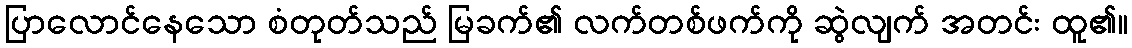
ပြာလောင်နေသော စံတုတ်သည် မြခက်၏ လက်တစ်ဖက်ကို ဆွဲလျက် အတင်း ထူ၏။